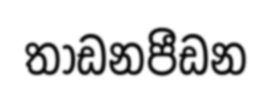
තාඩනපීඩන